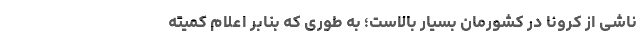
ناشی از کرونا در کشورمان بسیار بالاست؛ به طوری که بنابر اعلام کمیته